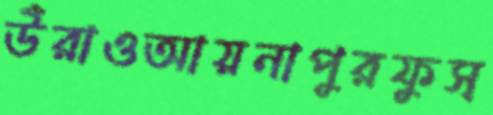
উঁরাওআয়নাপুরফুস্‌